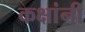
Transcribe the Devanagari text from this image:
कक्षांनी